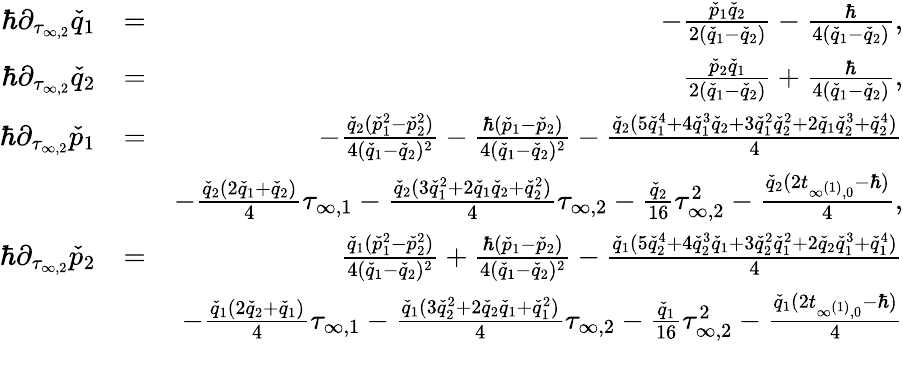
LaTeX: \begin{array}{rlr}{\hbar\partial_{\tau_{\infty,2}}\check{q}_{1}}&{=}&{-\frac{\check{p}_{1}\check{q}_{2}}{2(\check{q}_{1}-\check{q}_{2})}-\frac{\hbar}{4(\check{q}_{1}-\check{q}_{2})},}\\ {\hbar\partial_{\tau_{\infty,2}}\check{q}_{2}}&{=}&{\frac{\check{p}_{2}\check{q}_{1}}{2(\check{q}_{1}-\check{q}_{2})}+\frac{\hbar}{4(\check{q}_{1}-\check{q}_{2})},}\\ {\hbar\partial_{\tau_{\infty,2}}\check{p}_{1}}&{=}&{-\frac{\check{q}_{2}(\check{p}_{1}^{2}-\check{p}_{2}^{2})}{4(\check{q}_{1}-\check{q}_{2})^{2}}-\frac{\hbar(\check{p}_{1}-\check{p}_{2})}{4(\check{q}_{1}-\check{q}_{2})^{2}}-\frac{\check{q}_{2}(5\check{q}_{1}^{4}+4\check{q}_{1}^{3}\check{q}_{2}+3\check{q}_{1}^{2}\check{q}_{2}^{2}+2\check{q}_{1}\check{q}_{2}^{3}+\check{q}_{2}^{4})}{4}}\\ &{}&{-\frac{\check{q}_{2}(2\check{q}_{1}+\check{q}_{2})}{4}\tau_{\infty,1}-\frac{\check{q}_{2}(3\check{q}_{1}^{2}+2\check{q}_{1}\check{q}_{2}+\check{q}_{2}^{2})}{4}\tau_{\infty,2}-\frac{\check{q}_{2}}{16}\tau_{\infty,2}^{2}-\frac{\check{q}_{2}(2t_{\infty^{(1)},0}-\hbar)}{4},}\\ {\hbar\partial_{\tau_{\infty,2}}\check{p}_{2}}&{=}&{\frac{\check{q}_{1}(\check{p}_{1}^{2}-\check{p}_{2}^{2})}{4(\check{q}_{1}-\check{q}_{2})^{2}}+\frac{\hbar(\check{p}_{1}-\check{p}_{2})}{4(\check{q}_{1}-\check{q}_{2})^{2}}-\frac{\check{q}_{1}(5\check{q}_{2}^{4}+4\check{q}_{2}^{3}\check{q}_{1}+3\check{q}_{2}^{2}\check{q}_{1}^{2}+2\check{q}_{2}\check{q}_{1}^{3}+\check{q}_{1}^{4})}{4}}\\ &{}&{-\frac{\check{q}_{1}(2\check{q}_{2}+\check{q}_{1})}{4}\tau_{\infty,1}-\frac{\check{q}_{1}(3\check{q}_{2}^{2}+2\check{q}_{2}\check{q}_{1}+\check{q}_{1}^{2})}{4}\tau_{\infty,2}-\frac{\check{q}_{1}}{16}\tau_{\infty,2}^{2}-\frac{\check{q}_{1}(2t_{\infty^{(1)},0}-\hbar)}{4}}\\ &{}&\end{array}